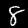
Label: 8